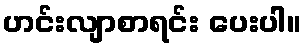
ဟင်းလျာစာရင်း ပေးပါ။